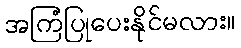
အကြံပြုပေးနိုင်မလား။